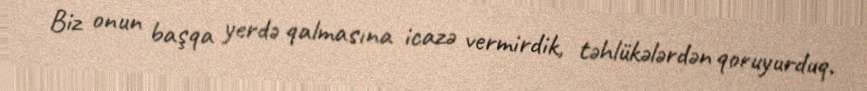
Biz onun başqa yerdə qalmasına icazə vermirdik, təhlükələrdən qoruyurduq.